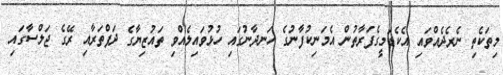
މިތަކެތި ނެރެދެއްވައި އެކެޑަމީގެފަރާތުން އެމަނިކުފާނުގެ ހަނދާނުގައި ހުޅުވައިލެއްވި ތައުޒިޔާގެ ދަފްތަރާއި ރޭގެ ޖަލްސާގައި